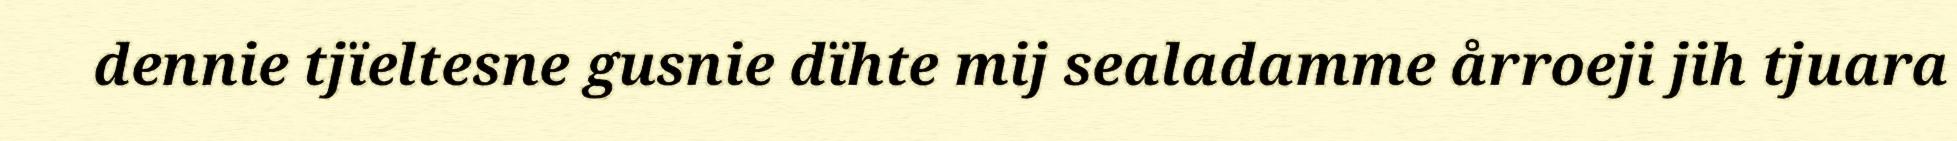
dennie tjïeltesne gusnie dïhte mij sealadamme årroeji jih tjuara